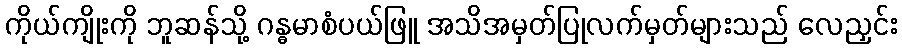
ကိုယ်ကျိုးကို ဘူဆန်သို့ ဂန္ဓမာစံပယ်ဖြူ အသိအမှတ်ပြုလက်မှတ်များသည် လေညှင်း